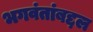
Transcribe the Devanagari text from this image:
भगवंतांबद्दल